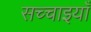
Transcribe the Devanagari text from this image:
सच्चाइयाँ